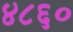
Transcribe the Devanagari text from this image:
४८६०